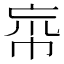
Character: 𢂠